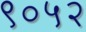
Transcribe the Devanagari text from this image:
९०५२